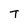
Character: T